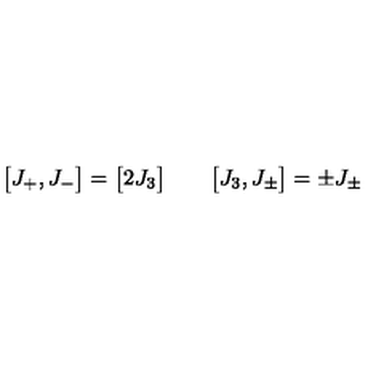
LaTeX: \bigl [ J _ { + } , J _ { - } \bigr ] = \bigl [ 2 J _ { 3 } \bigr ] \qquad \bigl [ J _ { 3 } , J _ { \pm } \bigr ] = \pm J _ { \pm }